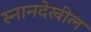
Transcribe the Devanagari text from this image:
स्नानदेखील